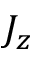
J _ { z }